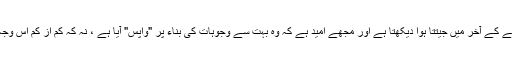
میں اتنا ہی پرجوش تھا جیسے کوئی بھی اسے پچھلے ہفتے کے آخر میں جیتتا ہوا دیکھتا ہے اور مجھے امید ہے کہ وہ بہت سے وجوہات کی بناء پر "واپس" آیا ہے ، نہ کہ کم از کم اس وجہ سے کہ مجھے لگتا ہے کہ یہ کھیل کے لئے اچھا ہوگا۔